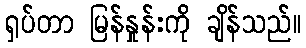
ရှပ်တာ မြန်နှုန်းကို ချိန်သည်။